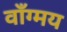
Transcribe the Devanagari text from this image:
वाँग्मय